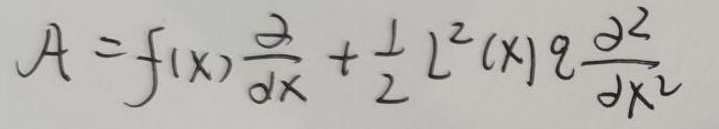
\[
\mathcal{A}=f(x)\frac{\partial}{\partial x}+\frac{1}{2}l^{2}(x)g\frac{\partial^{2}}{\partial x^{2}}
\]